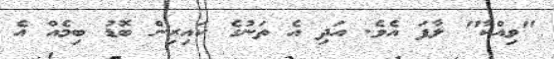
"ވިއްކާ" ލާފަ އެވެ. އަދި އެ ތަނުގެ ކައިރިން ބޮޑު ބިމެއް އެ